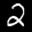
Label: 2